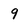
Character: 9